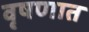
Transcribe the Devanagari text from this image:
वृषणात